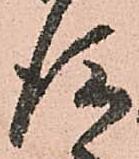
後